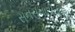
સનસનાટીવાળા